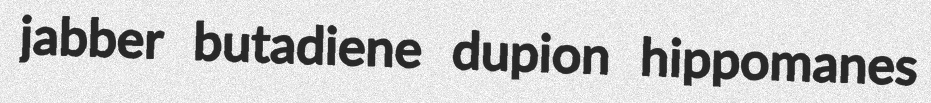
jabber butadiene dupion hippomanes